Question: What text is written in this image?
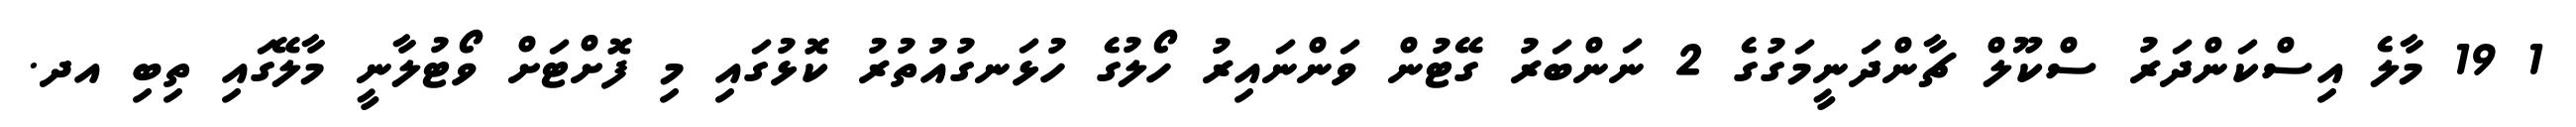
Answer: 1 19 މާލެ އިސްކަންދަރު ސްކޫލް ޗާންދަނީމަގުގެ 2 ނަންބަރު ގޭޓުން ވަންނައިރު ހޯލުގެ ހުޅަނގުއުތުރު ކޮޅުގައި މި ފޮށްޓަށް ވޯޓުލާނީ މާލޭގައި ތިބި އދ.